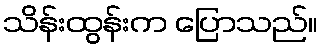
သိန်းထွန်းက ပြောသည်။